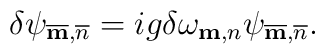
\delta\psi_{\overline{\bf m},\overline{n}}=ig\delta\omega_{{\bf m},n}\psi_{\overline{\bf m},\overline{n}}.